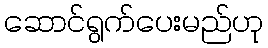
ဆောင်ရွက်ပေးမည်ဟု